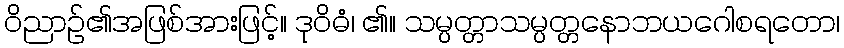
ဝိညာဉ်၏အဖြစ်အားဖြင့်။ ဒုဝိဓံ၊ ၏။ သမ္ပတ္တာသမ္ပတ္တနောဘယဂေါစရတော၊